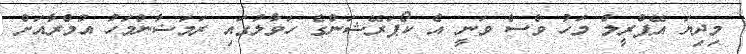
މިދިޔަ އޭޕްރީލް މަހު ވެސް ވަނީ އެ ކޯޕަރޭޝަންގެ ހަވާލުގައި ރަމަޟާންމަހު އުމްރާއަށް